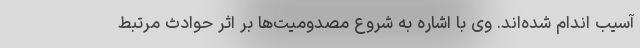
آسیب اندام شده‌اند. وی با اشاره به شروع مصدومیت‌ها بر اثر حوادث مرتبط